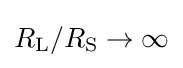
R_{\mathrm {L} }/R_{\mathrm {S} }\to \infty